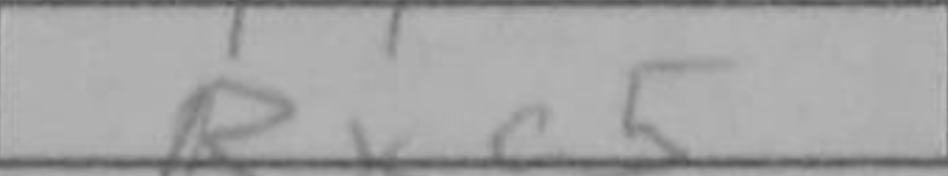
Transcription: Rxc5